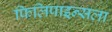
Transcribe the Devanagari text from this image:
फिलिपाइन्सला